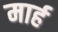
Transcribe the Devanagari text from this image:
मार्ह